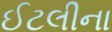
ઈટલીના